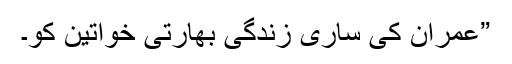
”عمران کی ساری زندگی بھارتی خواتین کو۔